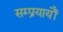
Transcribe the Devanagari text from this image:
सम्प्रयायौं